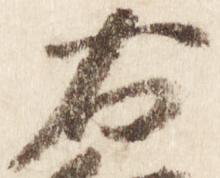
右